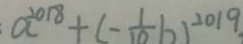
a ^ { 2 0 1 8 } + ( - \frac { 1 } { 1 0 } b ) ^ { 2 0 1 9 }